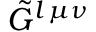
\tilde { G } ^ { l \, \mu \nu }